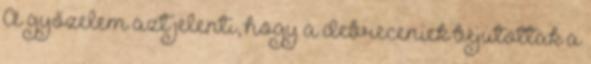
A győzelem azt jelenti, hogy a debreceniek bejutottak a